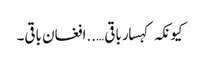
کیونکہ کہسار باقی …..افغان باقی۔